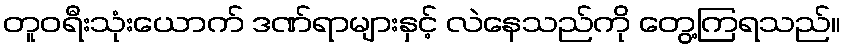
တူဝရီးသုံးယောက် ဒဏ်ရာများနှင့် လဲနေသည်ကို တွေ့ကြရသည်။